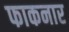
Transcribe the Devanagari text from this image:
फाकनार